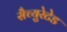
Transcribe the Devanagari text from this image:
सैच्युरेटेड